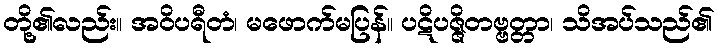
တို့၏လည်း။ အဝိပရီတံ၊ မဖောက်မပြန်။ ပဋိပဇ္ဇိတဗ္ဗတ္တာ၊ သိအပ်သည်၏